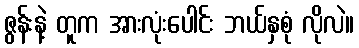
ဇွန်းနဲ့ တူက အားလုံးပေါင်း ဘယ်နှစုံ လိုလဲ။